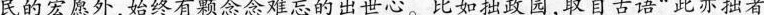
民的宏愿外，始终有颗念念难忘的出世心。比如拙政园,取自古语“此亦拙者